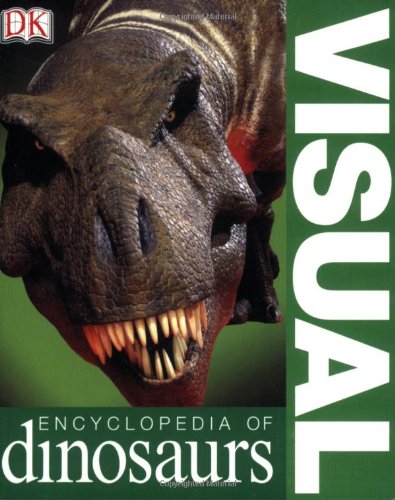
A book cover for Visual Encyclopedia of Dinosaurs; DK Publishing; Reference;